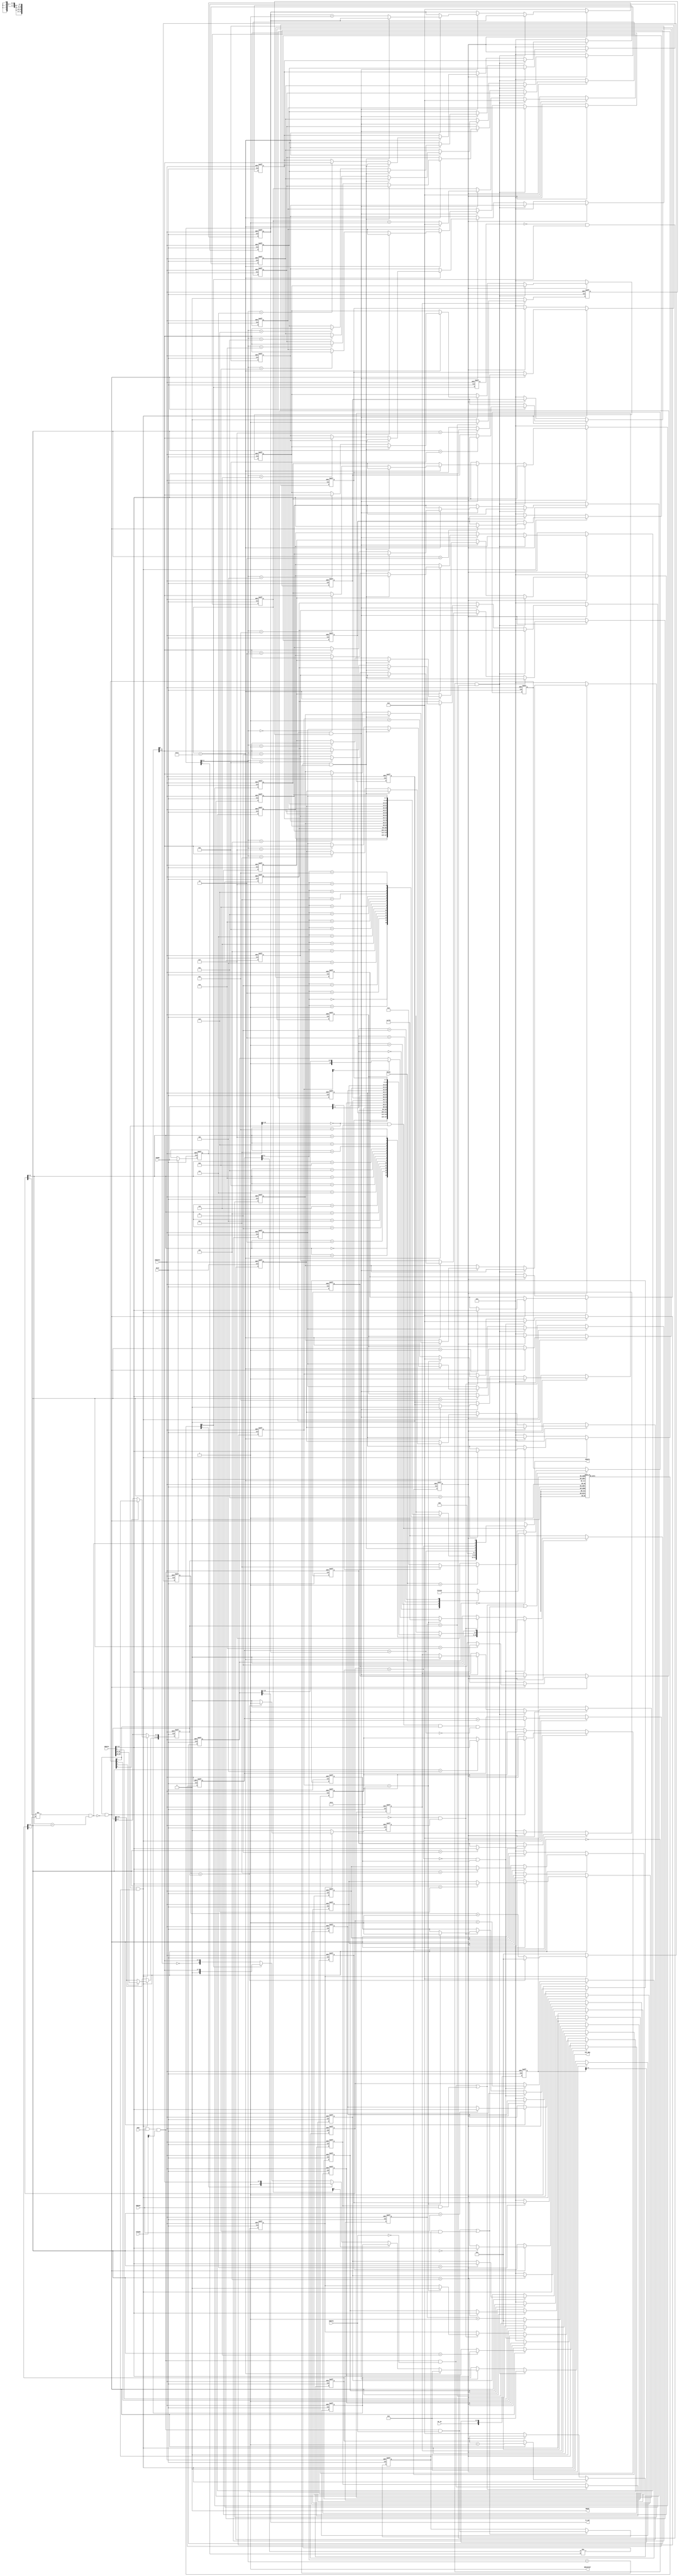
module ahb_uart
  (
    input wire HCLK,    // Clock
    input wire HRESETn, // Reset
    input wire HSEL,    // Device select
    input wire [ 15: 0] HADDR,   // Address
    input wire [ 1: 0] HTRANS,  // Transfer control
    input wire [ 2: 0] HSIZE,   // Transfer size
    input wire HWRITE,  // Write control
    input wire [ 31: 0] HWDATA,  // Write data
    input wire HREADY,  // Transfer phase done

    output wire HREADYOUT, // Device ready
    output wire [ 31: 0] HRDATA,  // Read data output
    output wire HRESP,   // Device response (always OKAY)

    // INT SIG
    output reg INT_REQ = 0,

    // UART SIG
    output wire TX_OUT,
    input wire RX_IN
  );


  // --------------------------------------------------------------------------
  //   ahb interface logic
  // --------------------------------------------------------------------------

  // No err
  assign HRESP = 1'b0;
  // slave always ready
  assign HREADYOUT = 1'b1;

  // Register interface
  wire [ 15: 0] addr;
  wire read_en;
  wire write_en;
  wire [ 3: 0] byte_strobe;

  // transfer request issued only in SEQ and NONSEQ status and slave is
  // selected and last transfer finish
  wire trans_req= HREADY & HSEL & HTRANS[ 1 ]; //
  wire ahb_read_req = trans_req & ( ~HWRITE ); // AHB read request
  wire ahb_write_req = trans_req & HWRITE;  // AHB write request
  wire update_read_req;    // To update the read enable register
  wire update_write_req;   // To update the write enable register

  reg [ 15: 0] addr_reg = 0;     // address signal, registered
  reg read_en_reg = 0;  // read enable signal, registered
  reg write_en_reg = 0; // write enable signal, registered

  reg [ 3: 0] byte_strobe_reg = 0; // registered output for byte strobe
  reg [ 3: 0] byte_strobe_nxt = 0; // next state for byte_strobe_reg

  // Address signal registering, to make the address and data active at the same cycle
  always @( posedge HCLK or negedge HRESETn)
    begin
      if ( ~HRESETn)
        begin
          addr_reg <= { ( 16 ) { 1'b0 } };
        end  //default address 0 is selected
      else if ( trans_req)
        begin
          addr_reg <= HADDR[ 15: 0 ];
        end //
    end


  // register read signal generation
  assign update_read_req = ahb_read_req | ( read_en_reg & HREADY ); // Update read enable control if
  //  1. When there is a valid read request
  //  2. When there is an active read, update it at the end of transfer (HREADY=1)

  always @( posedge HCLK or negedge HRESETn)
    begin
      if ( ~HRESETn)
        begin
          read_en_reg <= 1'b0;
        end
      else if ( update_read_req)
        begin
          read_en_reg <= ahb_read_req;
        end
    end

  // register write signal generation
  assign update_write_req = ahb_write_req | ( write_en_reg & HREADY );  // Update write enable control if
  //  1. When there is a valid write request
  //  2. When there is an active write, update it at the end of transfer (HREADY=1)

  always @( posedge HCLK or negedge HRESETn)
    begin
      if ( ~HRESETn)
        begin
          write_en_reg <= 1'b0;
        end
      else if ( update_write_req)
        begin
          write_en_reg <= ahb_write_req; //
        end
    end

  // byte strobe signal
  always @( *)
    begin
      if ( HSIZE == 3'b000)    //byte0008 bits
        begin
          case ( HADDR[ 1: 0 ] )
            2'b00:
              byte_strobe_nxt = 4'b0001; //HxDATA[0:7]
            2'b01:
              byte_strobe_nxt = 4'b0010; //HxDATA[15:8]
            2'b10:
              byte_strobe_nxt = 4'b0100; //HxDATA[23:16]
            2'b11:
              byte_strobe_nxt = 4'b1000; ////HxDATA[31:24]
            default:
              byte_strobe_nxt = 4'bxxxx;
          endcase
        end
      else if ( HSIZE == 3'b001) //half word 16bits
        begin
          if ( HADDR[ 1 ] == 1'b1)
            begin
              byte_strobe_nxt = 4'b1100;
            end //HXDATA[0:15]
          else
            begin
              byte_strobe_nxt = 4'b0011;
            end //HXDATA[16:31]
        end
      else // default 32 bits, word
        begin
          byte_strobe_nxt = 4'b1111; //HXDATA[31:0]
        end
    end

  always @( posedge HCLK or negedge HRESETn)
    begin
      if ( ~HRESETn)
        begin
          byte_strobe_reg <= { 4{ 1'b0 } };
        end
      else if ( update_read_req | update_write_req) //
        // Update byte strobe registers if
        // 1. if there is a valid read/write transfer request
        // 2. if there is an on going transfer
        begin
          byte_strobe_reg <= byte_strobe_nxt;
        end
    end

  // out
  assign addr = addr_reg[ 15: 0 ];
  assign read_en = read_en_reg;
  assign write_en = write_en_reg;
  assign byte_strobe = byte_strobe_reg;

  // --------------------------------------------------------------------------
  //   reg wr logic
  // --------------------------------------------------------------------------

  // bit0 enble & RESETn
  // bit1 txfifo full
  // bit2 txfifo empty
  // bit3 rxfifo full
  // bit4 rxfifo empty
  reg uart_en = 0;
  reg [ 15: 0] baud_div = 0;

  // fifo
  // TX
  reg [ 7: 0] TX_fifo_buff[ 15: 0 ];
  reg [ 4: 0 ] TX_fifo_wr_ptr = 0;
  reg [ 4: 0 ] TX_fifo_rd_ptr = 0;

  wire TX_fifo_full = ( ( TX_fifo_rd_ptr[ 4 ] != TX_fifo_wr_ptr[ 4 ] ) &&
                        ( TX_fifo_rd_ptr[ 3: 0 ] == TX_fifo_wr_ptr[ 3: 0 ] ) );
  wire TX_fifo_empty = ( TX_fifo_rd_ptr == TX_fifo_wr_ptr );

  // RX
  reg [ 7: 0] RX_fifo_buff[ 15: 0 ];
  reg [ 4: 0 ] RX_fifo_wr_ptr = 0;
  reg [ 4: 0 ] RX_fifo_rd_ptr = 0;

  wire RX_fifo_full = ( ( RX_fifo_rd_ptr[ 4 ] != RX_fifo_wr_ptr[ 4 ] ) &&
                        ( RX_fifo_rd_ptr[ 3: 0 ] == RX_fifo_wr_ptr[ 3: 0 ] ) );
  wire RX_fifo_empty = ( RX_fifo_rd_ptr == RX_fifo_wr_ptr );

  //1
  always @( posedge HCLK or negedge HRESETn)
    begin
      if ( ~HRESETn)
        begin
          uart_en <= 0;
          baud_div <= 0;
          TX_fifo_wr_ptr <= 0;

          // mdgenerate for
          TX_fifo_buff[ 0 ] <= 0;
          TX_fifo_buff[ 1 ] <= 0;
          TX_fifo_buff[ 2 ] <= 0;
          TX_fifo_buff[ 3 ] <= 0;
          TX_fifo_buff[ 4 ] <= 0;
          TX_fifo_buff[ 5 ] <= 0;
          TX_fifo_buff[ 6 ] <= 0;
          TX_fifo_buff[ 7 ] <= 0;
          TX_fifo_buff[ 8 ] <= 0;
          TX_fifo_buff[ 9 ] <= 0;
          TX_fifo_buff[ 10 ] <= 0;
          TX_fifo_buff[ 11 ] <= 0;
          TX_fifo_buff[ 12 ] <= 0;
          TX_fifo_buff[ 13 ] <= 0;
          TX_fifo_buff[ 14 ] <= 0;
          TX_fifo_buff[ 15 ] <= 0;
        end
      else if ( ( addr[ 15: 2 ] == 14'd0 ) & ( write_en ) )
        begin
          if ( byte_strobe[ 0 ] )
            begin
              uart_en <= HWDATA[ 0 ];
            end
          if ( byte_strobe[ 1 ] && ( !TX_fifo_full ) )
            begin
              TX_fifo_buff[ TX_fifo_wr_ptr[ 3: 0 ] ] <= HWDATA[ 15: 8 ];
              TX_fifo_wr_ptr <= TX_fifo_wr_ptr + 1;
            end
          if ( byte_strobe[ 2 ] )
            begin
              baud_div[ 7: 0] <= HWDATA[ 23: 16 ];
            end
          if ( byte_strobe[ 3 ] )
            begin
              baud_div[ 15: 8] <= HWDATA[ 31: 24 ];
            end
        end
      else if ( !uart_en)
        begin
          TX_fifo_wr_ptr <= 0;

          // mdgenerate for
          TX_fifo_buff[ 0 ] <= 0;
          TX_fifo_buff[ 1 ] <= 0;
          TX_fifo_buff[ 2 ] <= 0;
          TX_fifo_buff[ 3 ] <= 0;
          TX_fifo_buff[ 4 ] <= 0;
          TX_fifo_buff[ 5 ] <= 0;
          TX_fifo_buff[ 6 ] <= 0;
          TX_fifo_buff[ 7 ] <= 0;
          TX_fifo_buff[ 8 ] <= 0;
          TX_fifo_buff[ 9 ] <= 0;
          TX_fifo_buff[ 10 ] <= 0;
          TX_fifo_buff[ 11 ] <= 0;
          TX_fifo_buff[ 12 ] <= 0;
          TX_fifo_buff[ 13 ] <= 0;
          TX_fifo_buff[ 14 ] <= 0;
          TX_fifo_buff[ 15 ] <= 0;
        end
    end

  reg [ 31: 0] HRDATA_reg = 0;

  always @( *)
    begin
      if ( ( addr[ 15: 2 ] == 14'd0 ) & ( read_en ) )
        begin
          HRDATA_reg = { baud_div, RX_fifo_buff[ RX_fifo_rd_ptr[ 3: 0 ] ],
                         3'b0, RX_fifo_empty, RX_fifo_full, TX_fifo_empty, TX_fifo_full, uart_en };
        end
      else
        begin
          HRDATA_reg = { 32{ 1'bx } };
        end
    end

  assign HRDATA = HRDATA_reg;

  // RX FIFO READ
  always @( posedge HCLK or negedge HRESETn)
    begin
      if ( ~HRESETn)
        begin
          RX_fifo_rd_ptr <= 0;
        end
      else if ( !uart_en)
        begin
          RX_fifo_rd_ptr <= 0;
        end
      else if ( ( addr[ 15: 2 ] == 14'd0 ) & ( read_en ) & ( byte_strobe[ 1 ] ) & ( !RX_fifo_empty ) )
        begin
          RX_fifo_rd_ptr <= RX_fifo_rd_ptr + 1;
        end
    end


  // --------------------------------------------------------------------------
  //   uart driver logic
  // --------------------------------------------------------------------------

  //   TX
  reg [ 15: 0 ] TX_DIV_cnt = 0;
  reg CLK_TX_pulse = 0;

  reg TX_DIV_EN = 0;

  always @( posedge HCLK or negedge HRESETn)
    begin
      if ( ~HRESETn)
        begin
          TX_DIV_cnt <= 0;
          CLK_TX_pulse <= 0;
        end
      else if ( !TX_DIV_EN )
        begin
          TX_DIV_cnt <= 0;
          CLK_TX_pulse <= 0;
        end
      else if ( TX_DIV_cnt == baud_div )
        begin
          TX_DIV_cnt <= 0;
          CLK_TX_pulse <= 1;
        end
      else
        begin
          TX_DIV_cnt <= TX_DIV_cnt + 1;
          CLK_TX_pulse <= 0;
        end
    end

  // TX
  reg [ 10: 0] TX_shift_reg = 11'b1_1111_1111_01;
  reg [ 4: 0 ] TX_shiftOUT_cnt = 0;
  reg TX_ready = 1;

  assign TX_OUT = TX_shift_reg[ 0 ];

  always @( posedge HCLK or negedge HRESETn)
    begin
      if ( ~HRESETn)
        begin
          TX_shift_reg <= 11'b1_1111_1111_01;
          TX_shiftOUT_cnt <= 0;
          TX_ready <= 1;
          TX_DIV_EN <= 0;

          TX_fifo_rd_ptr <= 0;
        end
      else if ( !uart_en )
        begin
          TX_shift_reg <= 11'b1_1111_1111_01;
          TX_shiftOUT_cnt <= 0;
          TX_ready <= 1;
          TX_DIV_EN <= 0;

          TX_fifo_rd_ptr <= 0;
        end
      else if ( ( !TX_fifo_empty) & TX_ready )
        begin
          TX_shift_reg <= { 2'b11, TX_fifo_buff[ TX_fifo_rd_ptr[ 3: 0 ] ], 1'b0 };
          TX_shiftOUT_cnt <= 0;
          TX_ready <= 0;
          TX_DIV_EN <= 1;

          TX_fifo_rd_ptr <= TX_fifo_rd_ptr + 1;
        end
      else if ( ( !TX_ready ) & CLK_TX_pulse )
        begin
          if ( TX_shiftOUT_cnt == 19)
            begin
              TX_shift_reg <= 11'b1_1111_1111_01;
              TX_shiftOUT_cnt <= 0;
              TX_ready <= 1;
              TX_DIV_EN <= 0;
            end
          else
            begin
              if ( TX_shiftOUT_cnt[ 0 ] )
                begin
                  TX_shift_reg <= { 1'b1, TX_shift_reg[ 10: 1 ] };
                end
              TX_shiftOUT_cnt <= TX_shiftOUT_cnt + 1;
            end
        end
    end


  //   RX
  reg [ 15: 0 ] RX_DIV_cnt = 0;
  reg CLK_RX_pulse = 0;

  reg RX_DIV_EN = 0;

  always @( posedge HCLK or negedge HRESETn)
    begin
      if ( ~HRESETn)
        begin
          RX_DIV_cnt <= 0;
          CLK_RX_pulse <= 0;
        end
      else if ( !RX_DIV_EN )
        begin
          RX_DIV_cnt <= 0;
          CLK_RX_pulse <= 0;
        end
      else if ( RX_DIV_cnt == baud_div )
        begin
          RX_DIV_cnt <= 0;
          CLK_RX_pulse <= 1;
        end
      else
        begin
          RX_DIV_cnt <= RX_DIV_cnt + 1;
          CLK_RX_pulse <= 0;
        end
    end

  // RX
  reg [ 5: 0 ] RX_samp_regs = 0;

  // 
  always @( posedge HCLK or negedge HRESETn)
    begin
      if ( ~HRESETn)
        begin
          RX_samp_regs <= 0;
        end
      else
        begin
          RX_samp_regs <= { RX_IN, RX_samp_regs[ 5: 1 ] };
        end
    end

  reg regard_RX_samp_low = 1;
  reg regard_RX_samp_high = 0;
  always @(* )
    begin
      case ( RX_samp_regs)
        6'o00, 6'o10, 6'o20, 6'o40, 6'o01, 6'o02, 6'o04,
        6'o03, 6'o05, 6'o06, 6'o11, 6'o12, 6'o14, 6'o21, 6'o22, 6'o24, 6'o41, 6'o42, 6'o44, 6'o30, 6'o50, 6'o60 :
          begin
            regard_RX_samp_low = 1;
            regard_RX_samp_high = 0;
          end
        6'o77, 6'o76, 6'o75, 6'o73, 6'o67, 6'o57, 6'o37,
        6'o71, 6'o72, 6'o74, 6'o66, 6'o65, 6'o63, 6'o56, 6'o55, 6'o53, 6'o36, 6'o35, 6'o33, 6'o17, 6'o27, 6'o47 :
          begin
            regard_RX_samp_low = 0;
            regard_RX_samp_high = 1;
          end
        default:
          // 2055
          begin
            regard_RX_samp_low = 0;
            regard_RX_samp_high = 0;
          end
      endcase
    end

  // 
  reg RX_samp_low_d = 1;
  always @( posedge HCLK or negedge HRESETn)
    begin
      if ( ~HRESETn)
        begin
          RX_samp_low_d <= 1;
        end
      else
        begin
          RX_samp_low_d <= regard_RX_samp_low;
        end
    end

  wire RX_start_bit_req = ( ~RX_samp_low_d ) & regard_RX_samp_low;

  reg [ 8: 0 ] RX_shift_reg = 0;
  reg [ 4: 0 ] RX_shiftIN_cnt = 0;
  reg RX_recving = 0;

  always @( posedge HCLK or negedge HRESETn)
    begin
      if ( ~HRESETn)
        begin
          RX_shift_reg <= 0;
          RX_shiftIN_cnt <= 0;
          RX_recving <= 0;
          RX_DIV_EN <= 0;

          // mdgenerate for
          RX_fifo_buff[ 0 ] <= 0;
          RX_fifo_buff[ 1 ] <= 0;
          RX_fifo_buff[ 2 ] <= 0;
          RX_fifo_buff[ 3 ] <= 0;
          RX_fifo_buff[ 4 ] <= 0;
          RX_fifo_buff[ 5 ] <= 0;
          RX_fifo_buff[ 6 ] <= 0;
          RX_fifo_buff[ 7 ] <= 0;
          RX_fifo_buff[ 8 ] <= 0;
          RX_fifo_buff[ 9 ] <= 0;
          RX_fifo_buff[ 10 ] <= 0;
          RX_fifo_buff[ 11 ] <= 0;
          RX_fifo_buff[ 12 ] <= 0;
          RX_fifo_buff[ 13 ] <= 0;
          RX_fifo_buff[ 14 ] <= 0;
          RX_fifo_buff[ 15 ] <= 0;
          RX_fifo_wr_ptr <= 0;
        end
      else if ( !uart_en )
        begin
          RX_shift_reg <= 0;
          RX_shiftIN_cnt <= 0;
          RX_recving <= 0;
          RX_DIV_EN <= 0;

          // mdgenerate for
          RX_fifo_buff[ 0 ] <= 0;
          RX_fifo_buff[ 1 ] <= 0;
          RX_fifo_buff[ 2 ] <= 0;
          RX_fifo_buff[ 3 ] <= 0;
          RX_fifo_buff[ 4 ] <= 0;
          RX_fifo_buff[ 5 ] <= 0;
          RX_fifo_buff[ 6 ] <= 0;
          RX_fifo_buff[ 7 ] <= 0;
          RX_fifo_buff[ 8 ] <= 0;
          RX_fifo_buff[ 9 ] <= 0;
          RX_fifo_buff[ 10 ] <= 0;
          RX_fifo_buff[ 11 ] <= 0;
          RX_fifo_buff[ 12 ] <= 0;
          RX_fifo_buff[ 13 ] <= 0;
          RX_fifo_buff[ 14 ] <= 0;
          RX_fifo_buff[ 15 ] <= 0;
          RX_fifo_wr_ptr <= 0;
        end
      else if ( ( !RX_recving ) & RX_start_bit_req)
        begin
          RX_shift_reg <= 0;
          RX_shiftIN_cnt <= 0;
          RX_recving <= 1;
          RX_DIV_EN <= 1;
        end
      else if ( RX_recving & CLK_RX_pulse)
        begin
          if ( RX_shiftIN_cnt == 18)
            // 
            begin
              if ( !RX_fifo_full)
                begin
                  RX_fifo_buff[ RX_fifo_wr_ptr[ 3: 0 ] ] <= RX_shift_reg[ 8: 1 ];
                  RX_fifo_wr_ptr <= RX_fifo_wr_ptr + 1;
                end

              RX_shift_reg <= 0;
              RX_shiftIN_cnt <= 0;
              RX_recving <= 0;
              RX_DIV_EN <= 0;
            end
          else
            begin
              if ( ~RX_shiftIN_cnt[ 0 ] )
                begin
                  if ( regard_RX_samp_high)
                    begin
                      RX_shift_reg <= { 1'b1, RX_shift_reg[ 8: 1 ] };
                    end
                  else if ( regard_RX_samp_low)
                    begin
                      RX_shift_reg <= { 1'b0, RX_shift_reg[ 8: 1 ] };
                    end
                  else
                    begin
                      // 
                      RX_shift_reg <= { ~RX_shift_reg[ 8 ], RX_shift_reg[ 8: 1 ] };
                    end
                end

              RX_shiftIN_cnt <= RX_shiftIN_cnt + 1;
            end
        end
    end

endmodule